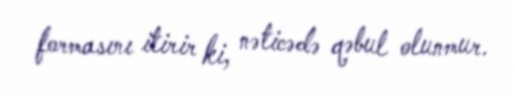
formasını itirir ki, nəticədə qəbul olunmur.